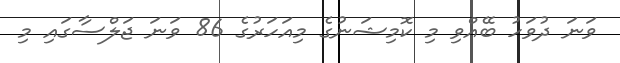
ވަނަ ދުވަހު ބޭއްވި މި ކޮމިޝަނުގެ މިއަހަރުގެ 86 ވަނަ ޖަލްސާގައި މި